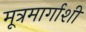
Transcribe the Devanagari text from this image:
मूत्रमार्गाशी